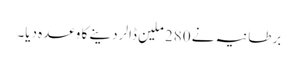
برطانیہ نے 280 ملین ڈالر دینے کا وعدہ دیا۔